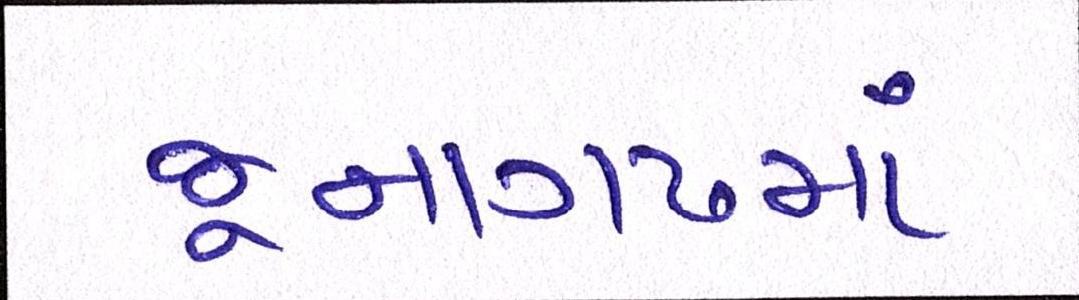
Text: જૂનાગઢમાં